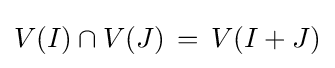
V(I)\cap V(J)\,=\,V(I+J)